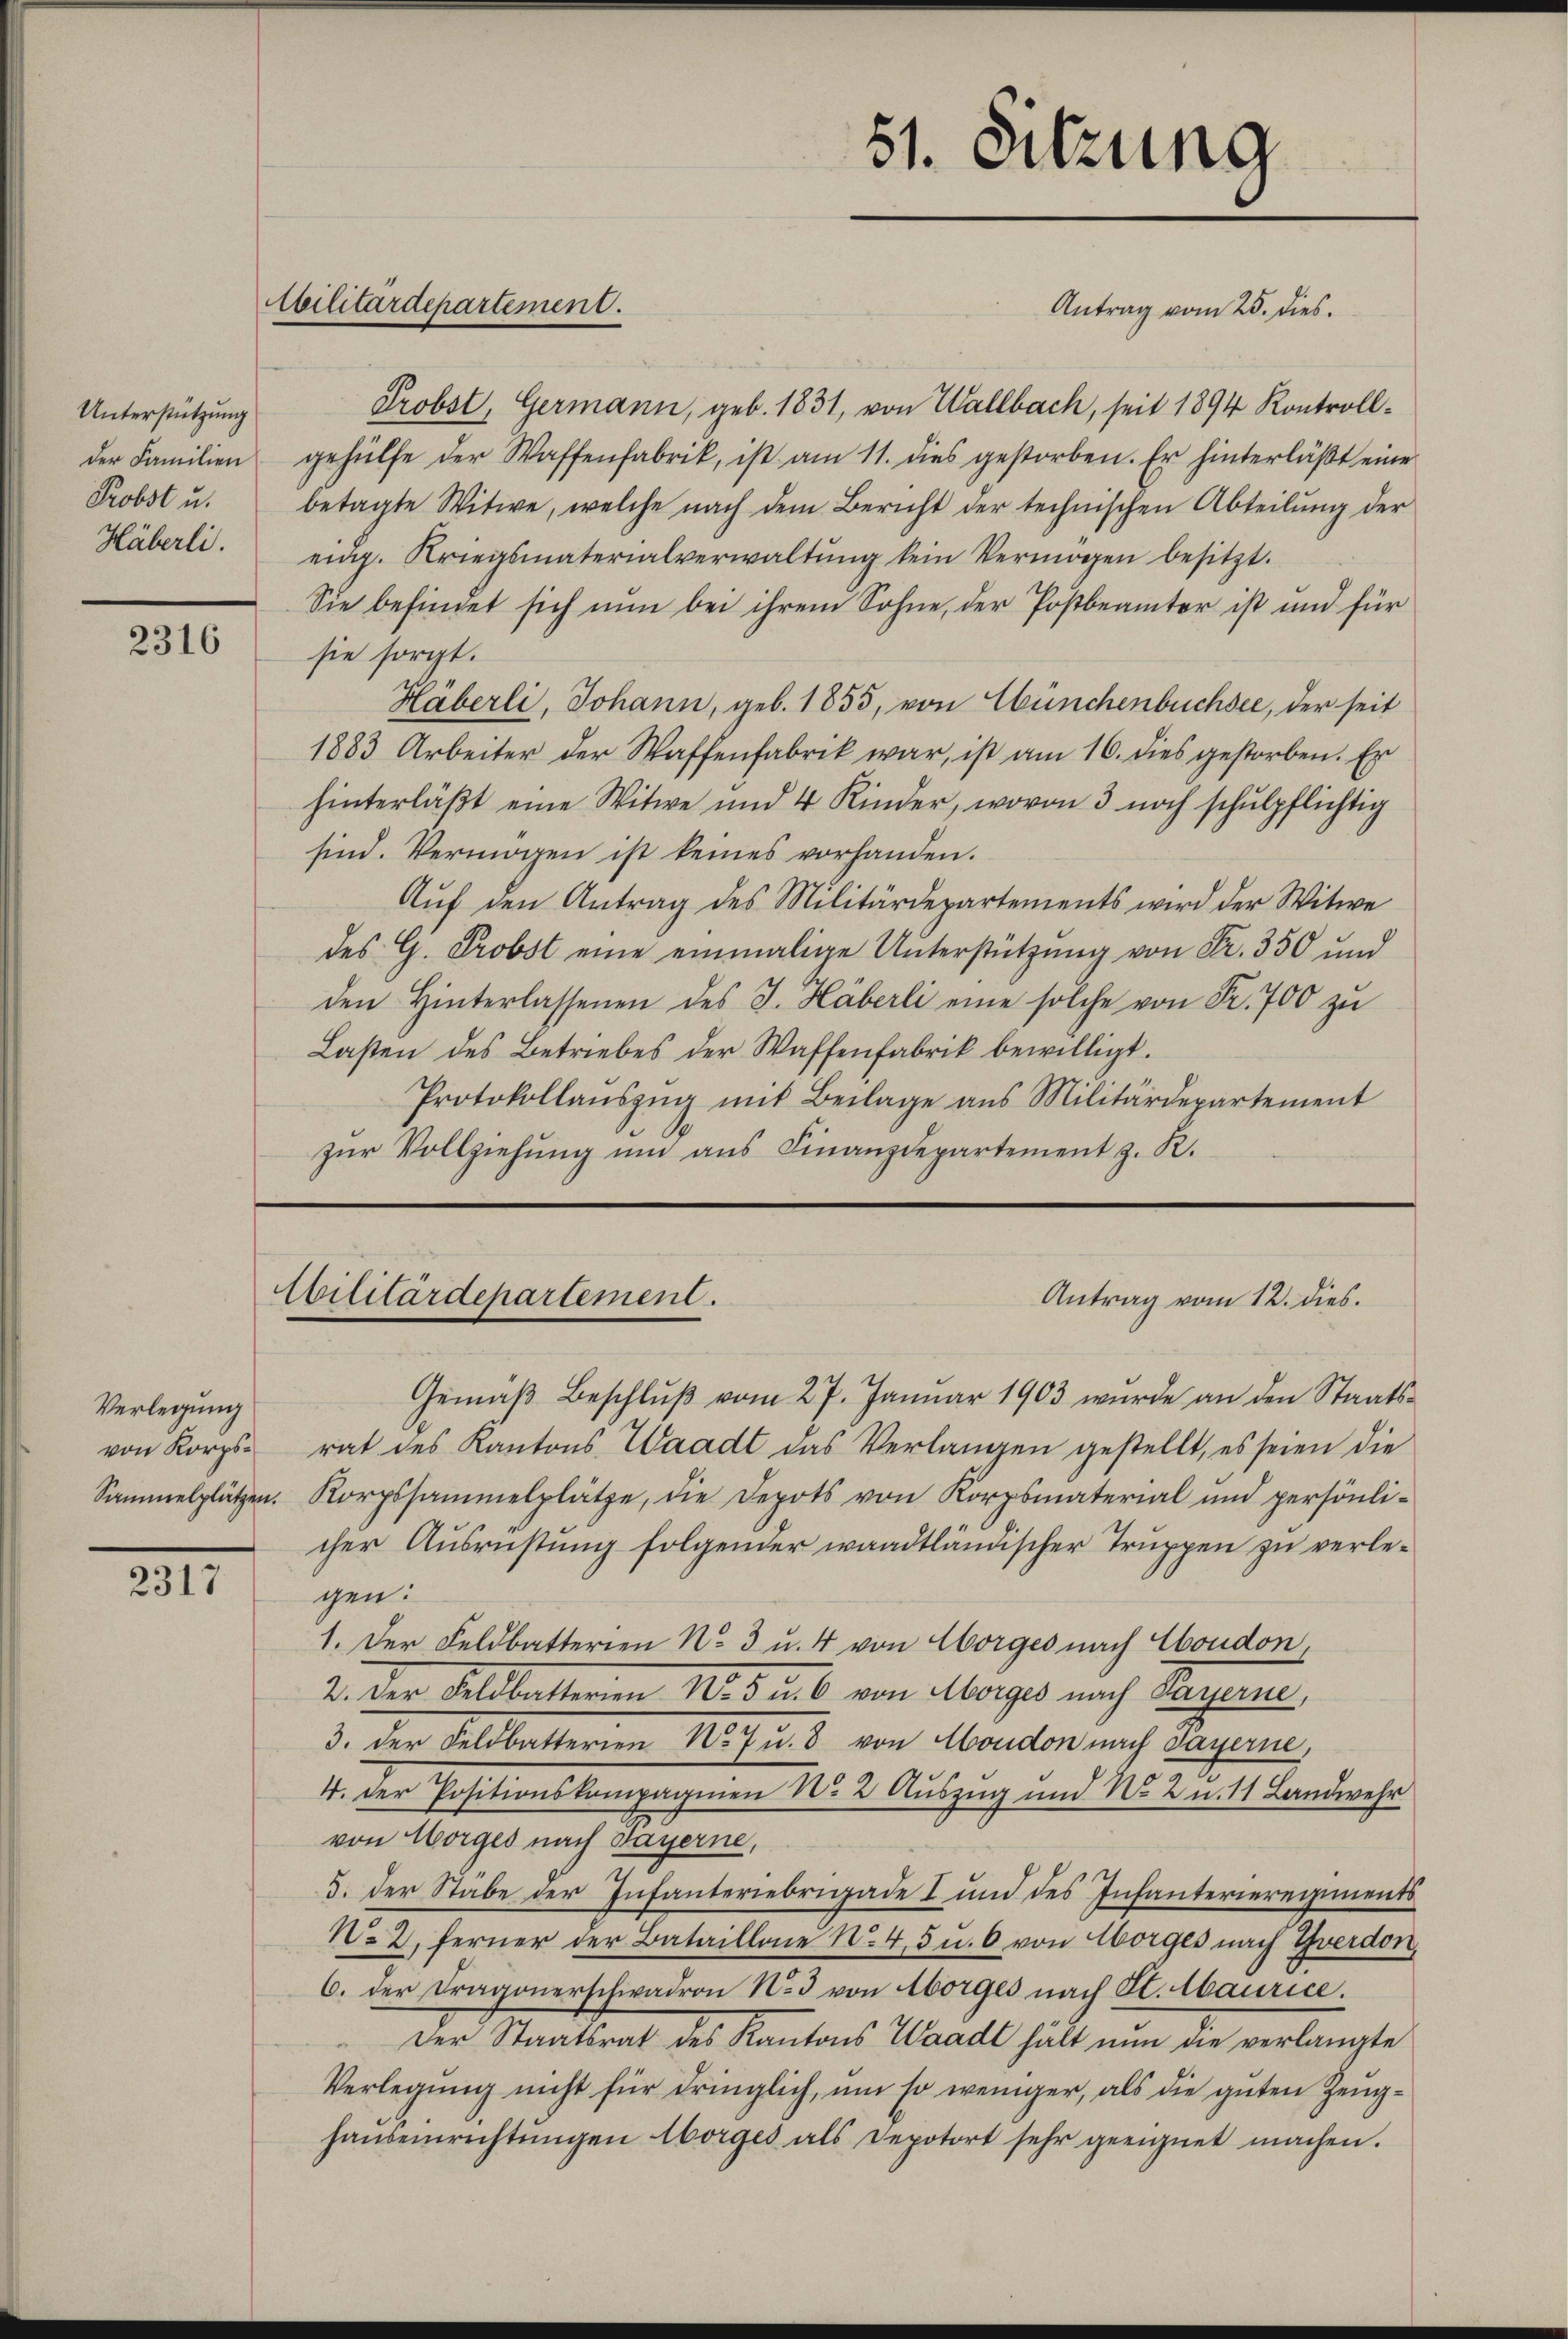
Unterstützung
der Familien
Probst u.
Häberli.

2316

Verlegung
von Korps¬

2317

Militärdepartement.

51. Sitzung

Antrag vom 25. dies
Probst, Germann, geb. 1831, von Wallbach, seit 1894 Kontrollgehülfe der Waffenfabrik, ist am 11. dies gestorben. Er hinterläßt eine
betagte Witwe, welche nach dem Bericht der technischen Abteilŭng der
eidg. Kriegsmaterialverwaltŭng kein Vermögen besitzt.
Sie befindet sich nun bei ihrem Sohne, der Postbeamter ist und für
sie sorgt.
Häberli, Johann, geb. 1855, von Wünchenbuchsee, der seit
1883 Arbeiter der Waffenfabrik war, ist am 16. dies gestorben. Er
hinterläβt eine Witwe und 4 Kinder, wovon 3 noch schulpflichtig
sind. Vermögen ist keines vorhanden.
Aŭf den Antrag des Militärdepartements wird der Witwe
des G. Probst eine einmalige Unterstützung von Fr. 350 und
den Hinterlassenen des J. Häberli eine solche von Fr. 700 zu
Lasten des Betriebes der Waffenfabrik bewilligt.
Protokollaŭszŭg mit Beilage aus Militärdepartement
zŭr Vollziehŭng ŭm ans Finanzdepartement z. R.

Cilitärdepartement.
Antrag vom 12. dies.

Gemäß Beschlŭβ vom 27. Januar 1903 wurde an den Staatsrat des Kantons Waadt das Verlangen gestellt, es seien die
Sammelplätzen. Korpssammelplätze, die Depots von Korpsmaterial und persönli-
cher Ausrüstung folgender waadtländischer Truppen zu verlegen:
1. Der Feldbatterien No 3 u. 4 von Horges nach Condon,
2. Der Feldbetteren 10. 5 ib von Morges nach Bayerne
3. der Feldbatterien No 7 u. 8 von Moudon nach Payerne,
4. der Positionskompagnien No. 2. Auszug und No. 2 u. 11 Landwehr
von Morges nach Bayerne,
5. der Stäbe der Infanteriebrigade I und des Infanterieregiments
No 2. Ferner der Bataillone No. 45 u. 6 von Morges nach Zverdon,
6. der Dragonerschwadron No 3 von Morges nach St. Maurice.
Der Staatsrat des Kantons Waadt hält nun die verlangte
Verlegung nicht für dringlich, um so weniger, als die guten Zeughaŭseinrichtŭngen Aborges als Depotort sehr geeignet machen.